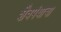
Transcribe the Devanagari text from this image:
शैवपंथाचा